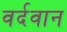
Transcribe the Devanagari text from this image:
वर्दवान